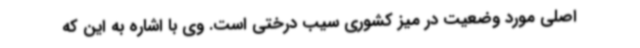
اصلی مورد وضعیت در میز کشوری سیب درختی است. وی با اشاره به این که